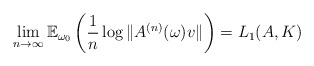
\begin{align*} \lim_{n\to\infty} \mathbb{E}_{\omega_0}\left(\frac{1}{n} \log \Vert A^{(n)}(\omega)v \Vert\right) = L_1(A,K)\end{align*}